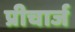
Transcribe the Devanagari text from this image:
प्रीचार्ज